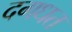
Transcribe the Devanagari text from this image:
दगधत